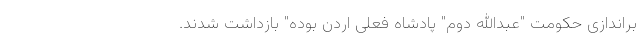
براندازی حکومت "عبدالله دوم" پادشاه فعلی اردن بوده" بازداشت شدند.